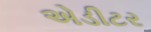
એડીટર